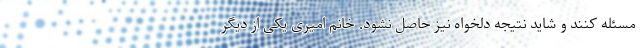
مسئله کنند و شاید نتیجه دلخواه نیز حاصل نشود. خانم امیری یکی از دیگر